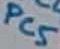
Text: PC5